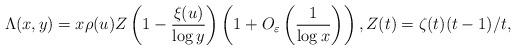
LaTeX: \begin{align*}\Lambda(x,y) = x \rho(u) Z\left( 1- \frac{\xi(u)}{\log y}\right) \left(1 + O_{\varepsilon}\left( \frac{1}{\log x}\right)\right), Z(t)=\zeta(t)(t-1)/t,\end{align*}